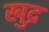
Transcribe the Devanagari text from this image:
खुद्र